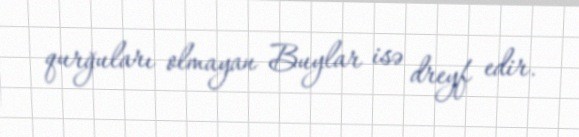
qurğuları olmayan Buylar isə dreyf edir.